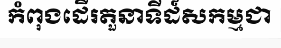
កំពុងដើរតួនាទីដ៍សកម្មជា